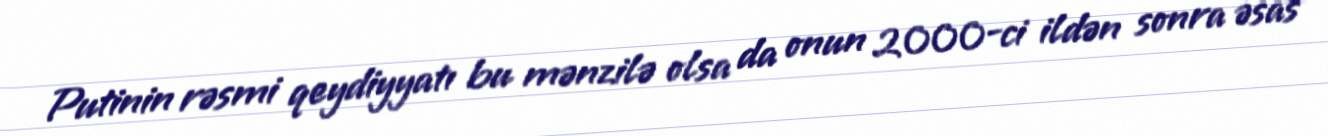
Putinin rəsmi qeydiyyatı bu mənzilə olsa da onun 2000-ci ildən sonra əsas